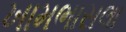
ખામભાસલા